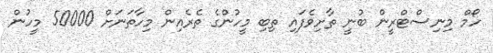
ހޯމް މިނިސްޓްރީން ބުނީ ތާށިވެފައި ތިބި މީހުންގެ ތެރެއިން މިހާތަނަށް 50000 މީހުން